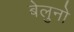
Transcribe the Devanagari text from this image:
बेलुनो